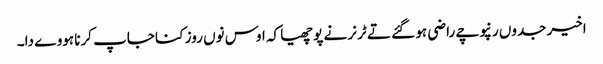
اخیر جدوں رنپوچے راضی ہو گئے تے ٹرنر نے پوچھیا کہ اوس نوں روز کنا جاپ کرنا ہووے دا۔